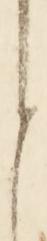
ら